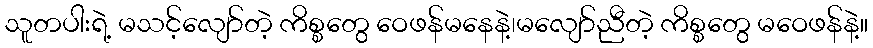
သူတပါးရဲ့ မသင့်လျော်တဲ့ ကိစ္စတွေ ဝေဖန်မနေနဲ့၊မလျော်ညီတဲ့ ကိစ္စတွေ မဝေဖန်နဲ့။